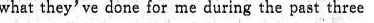
what they've done for me during the past three